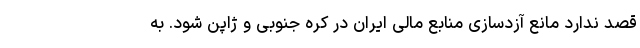
قصد ندارد مانع آزدسازی منابع مالی ایران در کره جنوبی و ژاپن شود. به